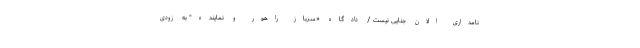
نامداری الان جنایی نیست / دادگاهِ «سرباز راهور و نماینده" به زودی